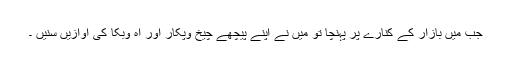
جب میں بازار کے کنارے پر پہنچا تو میں نے اپنے پیچھے چیخ وپکار اور آہ وبکا کی آوازیں سنیں ۔